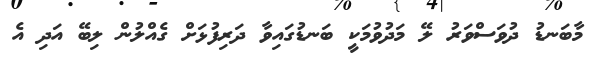
މާބަނޑު ދުވަސްވަރު ލޭ މަދުވުމަކީ ބަނޑުގައިވާ ދަރިފުޅަށް ގެއްލުން ލިބޭ އަދި އެ